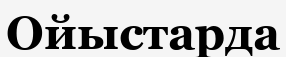
Ойыстарда